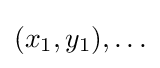
(x_{1},y_{1}),\ldots